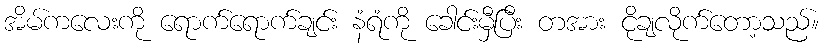
အိမ်ကလေးကို ရောက်ရောက်ချင်း နံရံကို ခေါင်းမှီပြီး တအား ငိုချလိုက်တော့သည်။